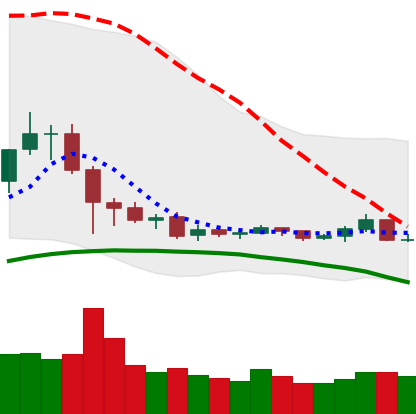
Ticker: TRX-USD
Chart end date: 2019-08-07
Forward return: -4.609%
Label: down_3_5